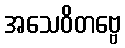
အသေဝိတဗ္ဗေ